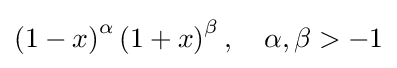
\left(1-x\right)^{\alpha }\left(1+x\right)^{\beta },\quad \alpha ,\beta >-1